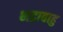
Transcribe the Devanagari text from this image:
भद्राबाहु